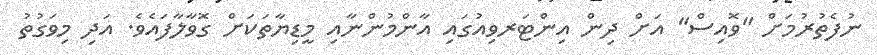
ނުފެތުރުމަށް "ވޮއިސް" އަށް ދިން އިންޓަރވިއުގައި އާންމުންނާއި މީޑިޔާތަކަށް ގޮވާލާފައެވެ. އަދި މިވަގުތު